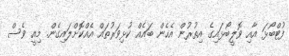
ފުޓްބޯޅަ އާއި ވޮލީބޯޅައިގެ އިތުރުން އެހެން ބައެއް ކުޅިވަރުތައް އެއްކޮށްލައިގެން. މިއީ ވެސް